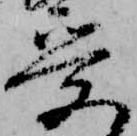
受